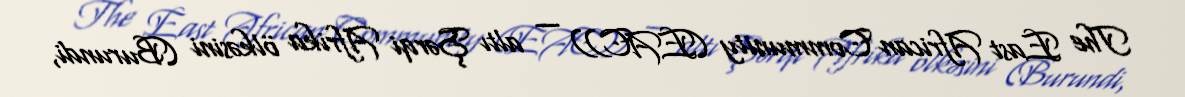
The East African Community (EAC)) — altı Şərqi Afrika ölkəsini (Burundi,